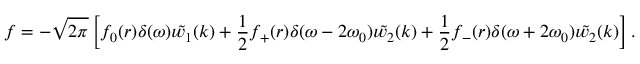
f = - \sqrt { 2 \pi } \left[ f _ { 0 } ( r ) \delta ( \omega ) \tilde { w _ { 1 } } ( k ) + \frac { 1 } { 2 } f _ { + } ( r ) \delta ( \omega - 2 \omega _ { 0 } ) \tilde { w _ { 2 } } ( k ) + \frac { 1 } { 2 } f _ { - } ( r ) \delta ( \omega + 2 \omega _ { 0 } ) \tilde { w _ { 2 } } ( k ) \right] .